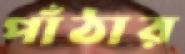
পাঁঠার